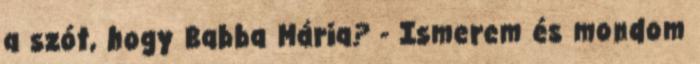
a szót, hogy Babba Mária? - Ismerem és mondom